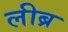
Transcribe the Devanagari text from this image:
लीब्र